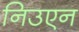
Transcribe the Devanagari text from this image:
निउएन